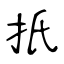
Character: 扺